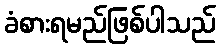
ခံစားရမည်ဖြစ်ပါသည်